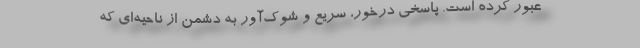
عبور کرده است. پاسخی درخور، سریع و شوک‌آور به دشمن از ناحیه‌ای که